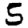
Digit: 5